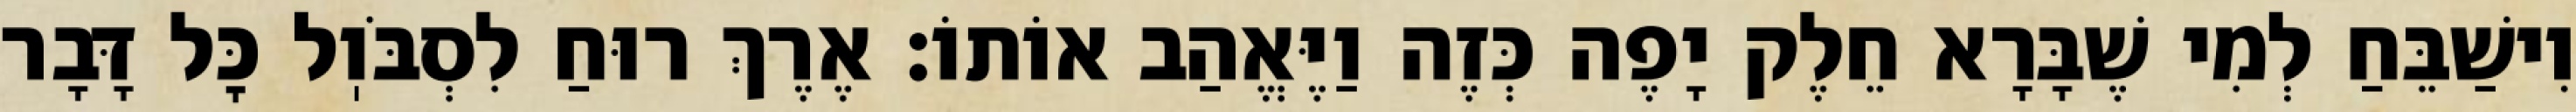
וִישַׁבֵּחַ לְמִי שֶׁבָּרָא חֵלֶק יָפֶה כְּזֶה וַיֶּאֱהַב אוֹתוֹ: אֶרֶךְ רוּחַ לִסְבֹּוֽל כׇּל דָּבָר